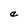
Character: e